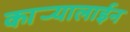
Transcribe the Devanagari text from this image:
कार्‍यालाईन